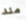
مند